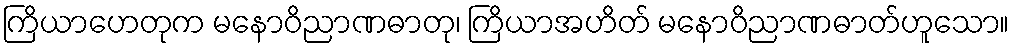
ကြိယာဟေတုက မနောဝိညာဏဓာတု၊ ကြိယာအဟိတ် မနောဝိညာဏဓာတ်ဟူသော။